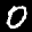
Label: 0